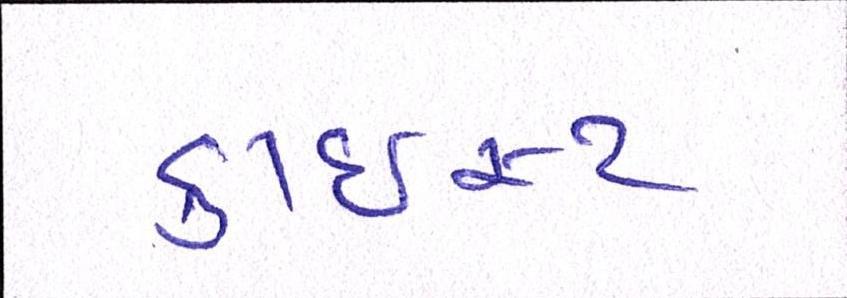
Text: ક્રાઇસ્ટ